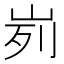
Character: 峛